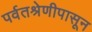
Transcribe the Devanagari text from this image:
पर्वतश्रेणीपासून